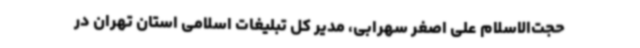
حجت‌الاسلام علی اصغر سهرابی، مدیر کل تبلیغات اسلامی استان تهران در